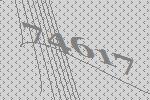
74617